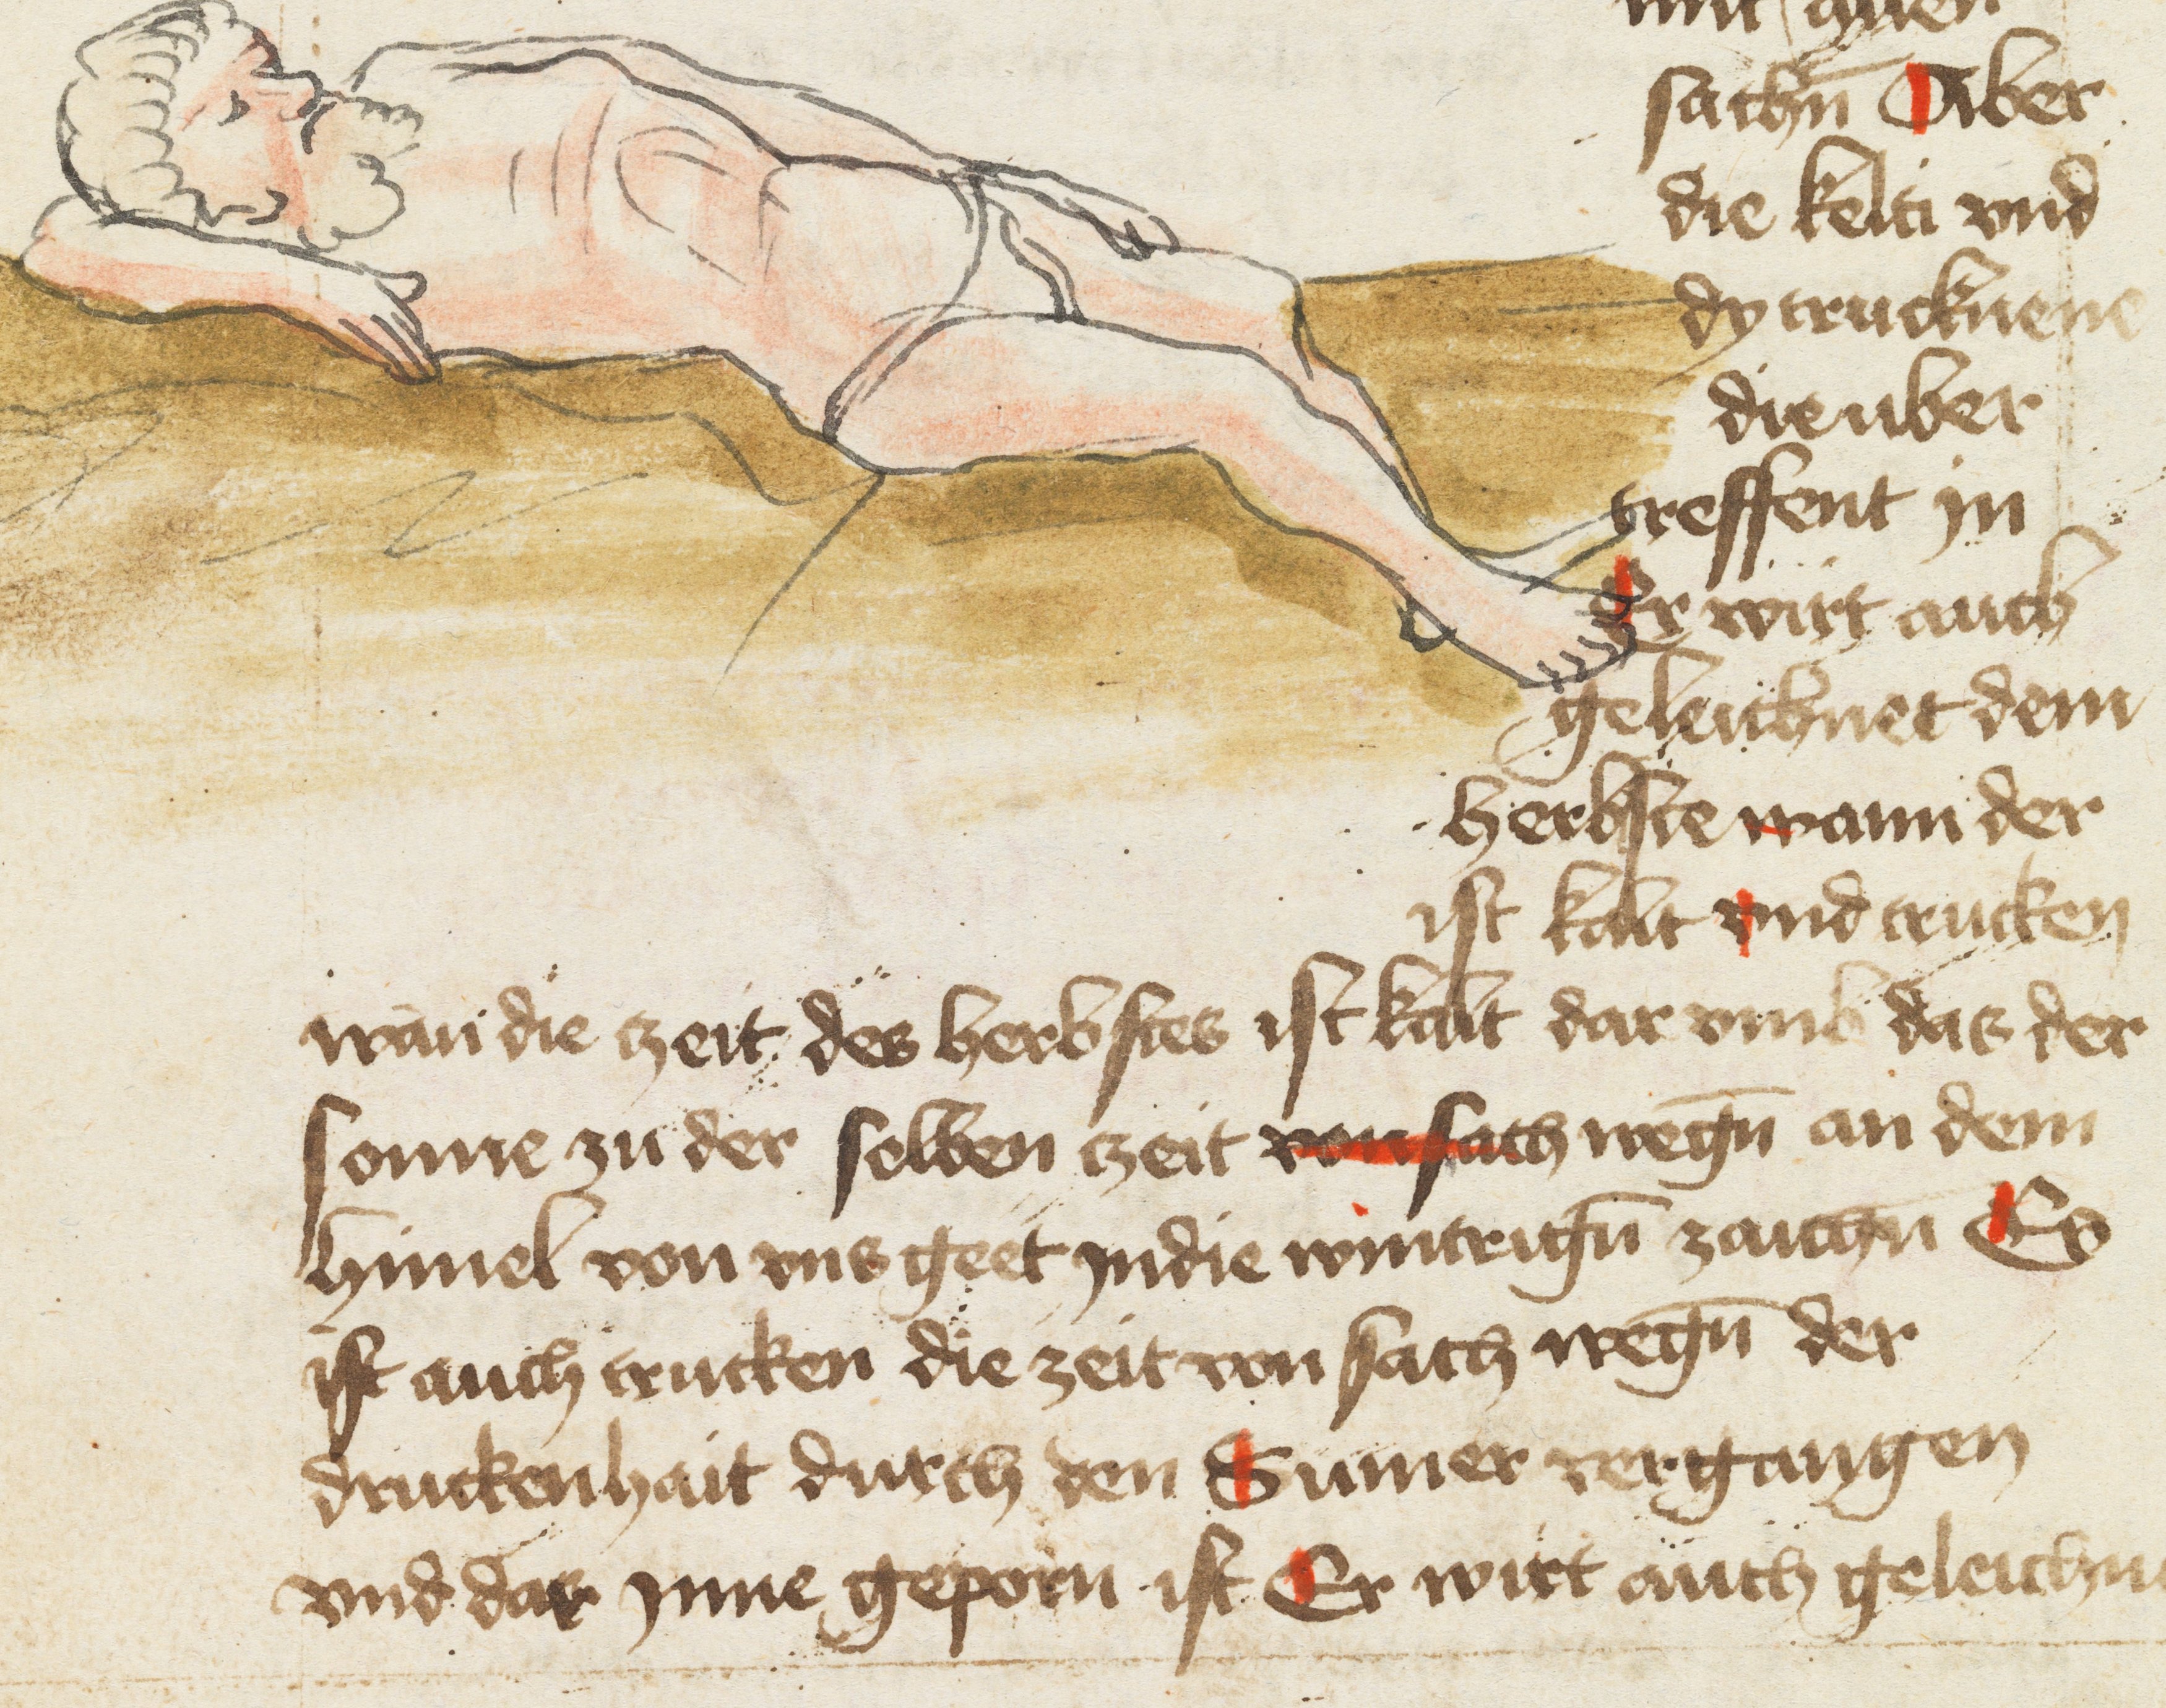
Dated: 1400–1499